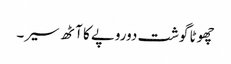
چھوٹا گوشت دوروپے کا آٹھ سیر۔